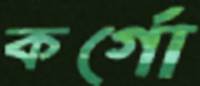
কর্গো